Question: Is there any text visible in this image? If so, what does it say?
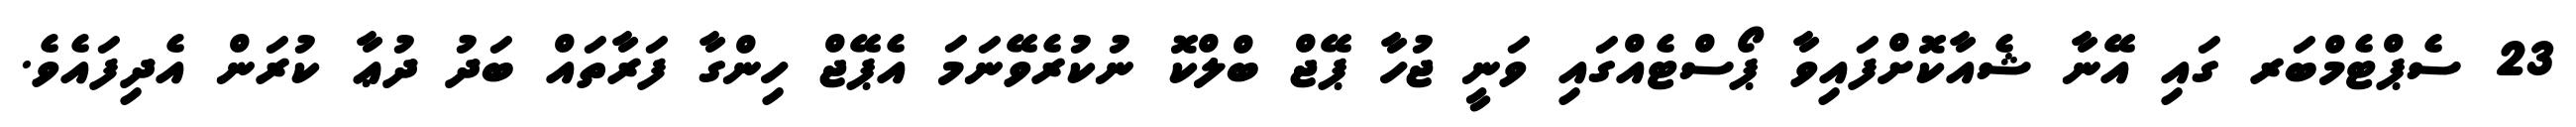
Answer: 23 ސެޕްޓެމްބަރ ގައި އޭނާ ޝެއާކޮށްފައިވާ ޕޯސްޓެއްގައި ވަނީ ޖުހާ ޕޭޖް ބްލްކޮ ނުކުރެވޭނަމަ އެޕޭޖް ހިންގާ ފަރާތައް ބަދު ދުޢާ ކުރަން އެދިފައެވެ.